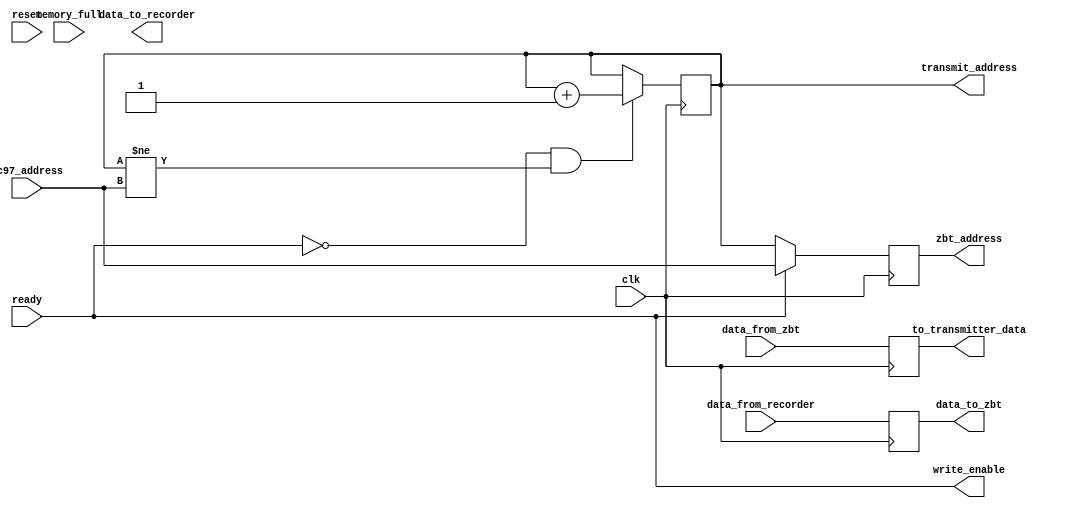
`timescale 1ns / 1ps

module transmitting_fsm(input clk, input reset, input [35:0] data_from_zbt, input [35:0] data_from_recorder, 
				input [18:0] ac97_address, input ready, input memory_full,
				output reg [18:0] zbt_address, output reg [35:0] data_to_zbt, output reg [35:0] data_to_recorder,
				output write_enable, output reg [35:0] to_transmitter_data, output reg [18:0] transmit_address);
	
	// when ready is 1, we let the recorder module take control of address and data
	
	assign write_enable = ready;
	
	always @(posedge clk) begin
		zbt_address <= ready ? ac97_address : transmit_address; // ac97 writes to zbt when ready
		data_to_zbt <= data_from_recorder;
		to_transmitter_data <= data_from_zbt;
		
		if (~ready && transmit_address != ac97_address) transmit_address <= transmit_address + 1;
	end
	

endmodule